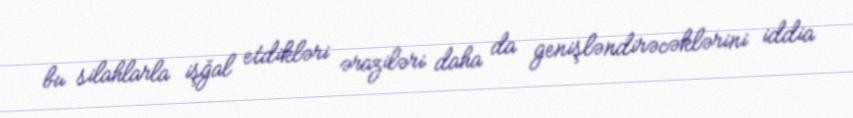
bu silahlarla işğal etdikləri əraziləri daha da genişləndirəcəklərini iddia